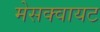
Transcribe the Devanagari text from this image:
मेसक्वायट